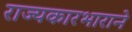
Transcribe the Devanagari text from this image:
राज्यकारभाराने